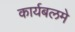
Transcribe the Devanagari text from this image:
कार्यबलमे